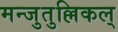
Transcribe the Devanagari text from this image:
मन्जुतुल्लिकल्